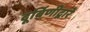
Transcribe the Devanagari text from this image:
दूर्बिणीद्वारे